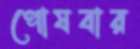
পোষবার